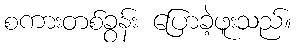
စကားတစ်ခွန်း ပြောခဲ့ဖူးသည်။